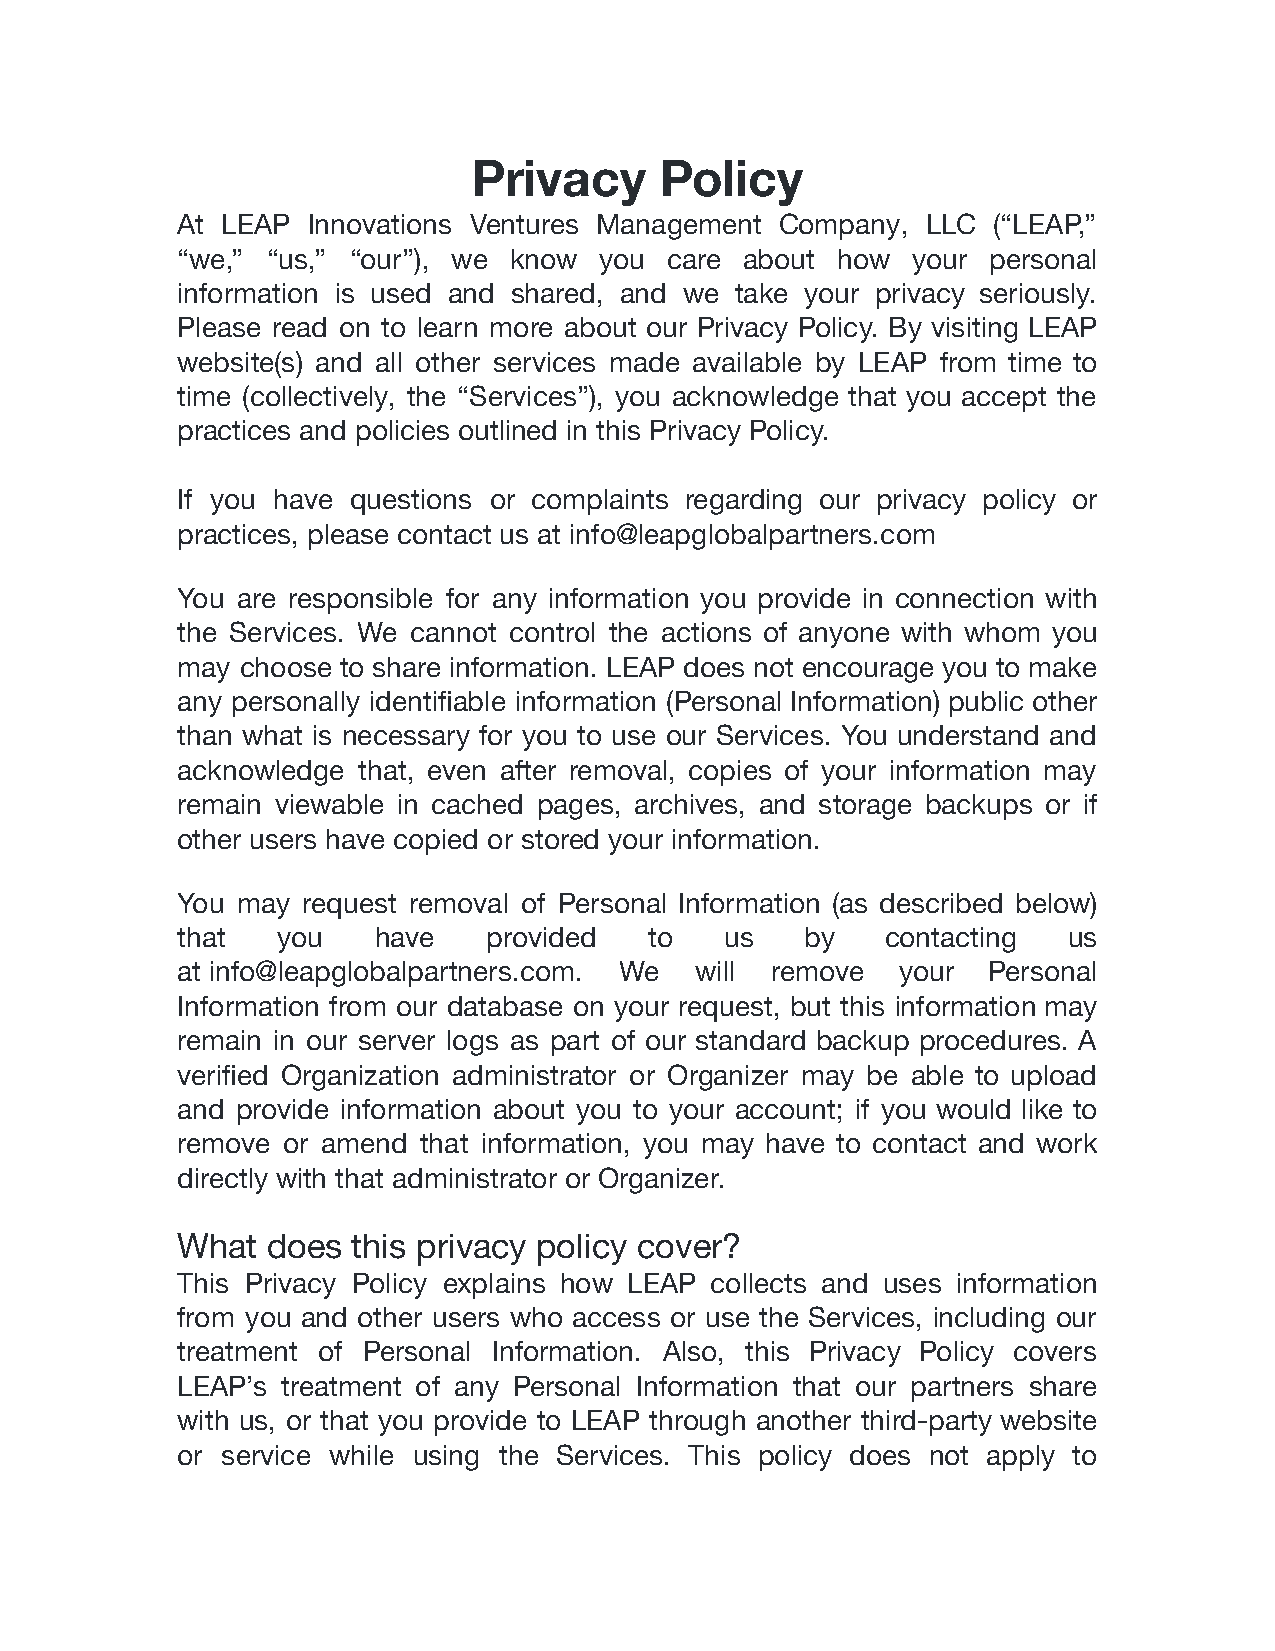
Privacy      Policy
 At LEAP Innovations Ventures Management Company, LLC  (“LEAP,”
 “we,” “us,” “our”), we know you care about how  your personal
 information is used and shared, and we take your privacy seriously.
 Please read on to learn more about our Privacy Policy. By visiting LEAP
 website(s) and all other services made available by LEAP from time to
 time (collectively, the “Services”), you acknowledge that you accept the
 practices and policies outlined in this Privacy Policy.
 If you have questions or complaints regarding our privacy policy or
 practices, please contact us at info@leapglobalpartners.com
 You are responsible for any information you provide in connection with
 the Services. We cannot control the actions of anyone with whom you
 may choose to share information. LEAP does not encourage you to make
 any personally identifiable information (Personal Information) public other
 than what is necessary for you to use our Services. You understand and
 acknowledge that, even after removal, copies of your information may
 remain viewable in cached pages, archives, and storage backups or if
 other users have copied or stored your information.
 You may request removal of Personal Information (as described below)
 that  you    have   provided   to   us   by    contacting  us
 at info@leapglobalpartners.com. We will remove  your Personal
 Information from our database on your request, but this information may
 remain in our server logs as part of our standard backup procedures. A
 verified Organization administrator or Organizer may be able to upload
 and provide information about you to your account; if you would like to
 remove or amend that information, you may have to contact and work
 directly with that administrator or Organizer.
 What  does this privacy policy cover?
 This Privacy Policy explains how LEAP collects and uses information
 from you and other users who access or use the Services, including our
 treatment of Personal Information. Also, this Privacy Policy covers
 LEAP’s treatment of any Personal Information that our partners share
 with us, or that you provide to LEAP through another third-party website
 or service while using the Services. This policy does not apply to